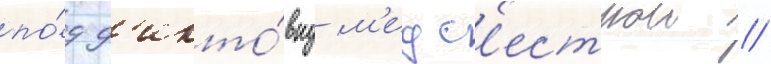
по́д д'икто́вку м'едс'естрои //